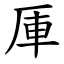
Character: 厙